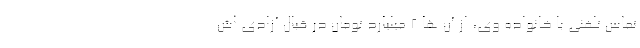
تماس تلفنی با خانواده وی، از آن ها ۲ میلیارد تومان در قبال آزادی اش